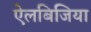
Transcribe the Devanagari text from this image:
ऐलबिजिया